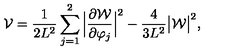
{ \cal V } = { \frac { 1 } { 2 L ^ { 2 } } } \sum _ { j = 1 } ^ { 2 } \Big | { \frac { \partial { \cal W } } { \partial \varphi _ { j } } } \Big | ^ { 2 } - { \frac { 4 } { 3 L ^ { 2 } } } \big | { \cal W } \big | ^ { 2 } ,